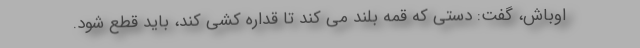
اوباش، گفت: دستی که قمه بلند می کند تا قداره کشی کند، باید قطع شود.